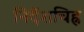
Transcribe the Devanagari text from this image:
निर्देशचिह्न